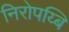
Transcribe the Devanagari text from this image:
निरोपय्बि